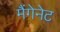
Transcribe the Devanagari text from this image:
मैंगेनेट